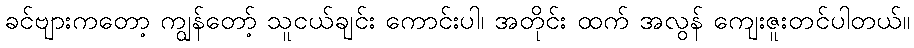
ခင်ဗျားကတော့ ကျွန်တော့် သူငယ်ချင်း ကောင်းပါ၊ အတိုင်း ထက် အလွန် ကျေးဇူးတင်ပါတယ်။